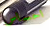
احساس